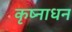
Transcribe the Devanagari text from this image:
कृष्नाधन